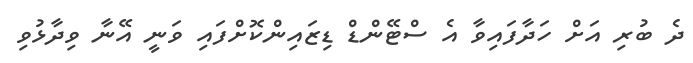
ދެ ބުރި އަށް ހަދާފައިވާ އެ ސްޓޭންޑް ޑިޒައިންކޮށްފައި ވަނީ އޭނާ ވިދާޅުވި